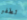
تطفو